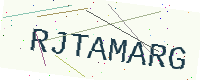
Text: RJTAMARG